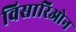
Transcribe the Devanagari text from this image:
विसारिओन